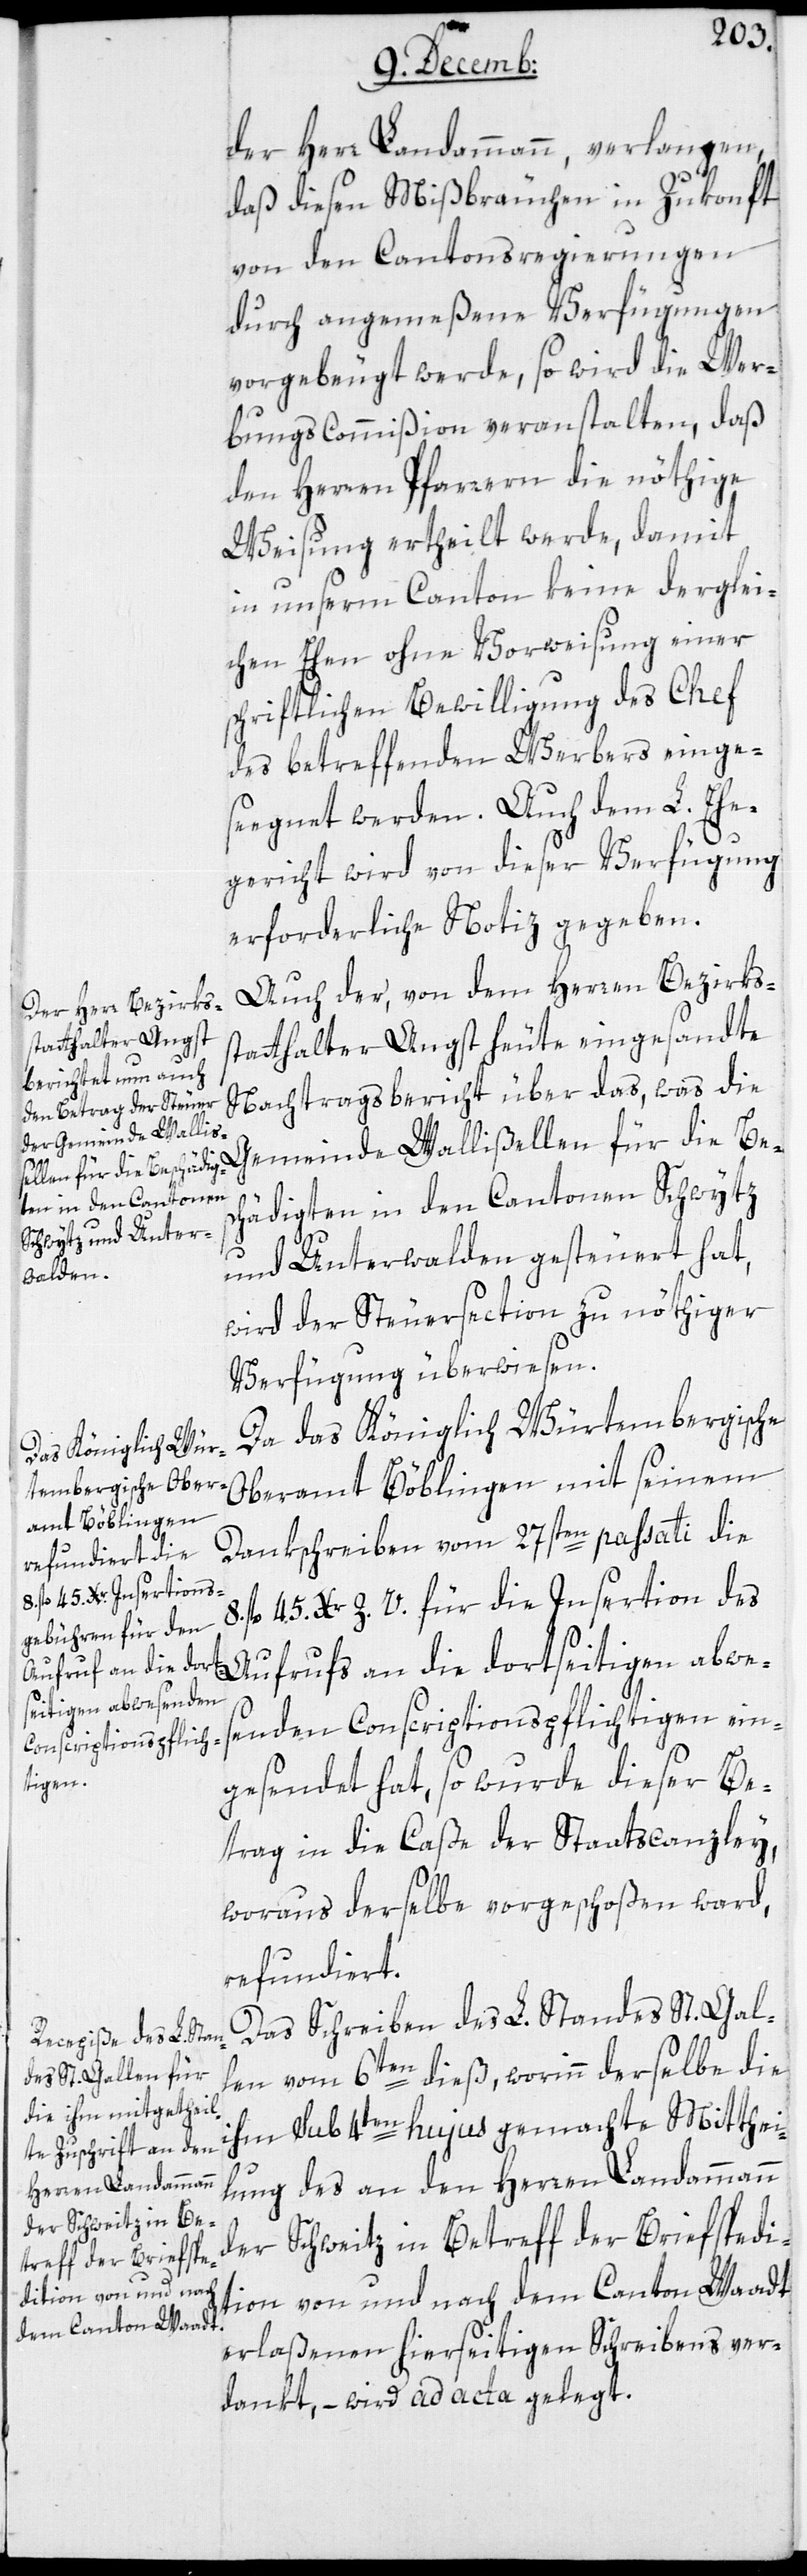
der Herr Landammann, verlangen,
daß diesen Mißbräuchen in Zukonft
von den Cantonsregierungen
durch angemeßene Verfügungen
vorgebeugt werde, so wird die Wer¬
bungs-Commißion veranstalten, daß
den Herren Pfarrern die nöthige
Weisung ertheilt werde, damit
in unserm Canton keine derglei¬
chen Ehen ohne Vorweisung einer
schriftlichen Bewilligung des Chef
des betreffenden Werbers einge¬
segnet werden. Auch dem L. Ehe¬
gericht wird von dieser Verfügung
erforderliche Notiz gegeben.
Auch der von dem Herren Bezirks¬
statthalter Angst heute eingesandte
Nachtragsbericht über das, was die
Gemeinde Wallißellen für die Besc¬
hädigten in den Cantonen Schwytz
und Unterwalden gesteuert hat,
wird der Steuersection zu nöthiger
Verfügung überwiesen.
Da das Königlich Würtembergische
Oberamt Böblingen mit seinem
Dankschreiben vom 27sten passati die
fl. 45. Xr. Z. V. für die Insertion des
Aufrufs an die dortseitigen abwes¬
enden Conscriptionspflichtigen ein¬
gesendet hat, so wurde dieser Be¬
trag in die Caßa der Staatscanzley,
woraus derselbe vorgeschoßen ward,
refundiert.
Das Schreiben des L. Standes St. Gal¬
len vom 6ten dieß, worinn derselbe die
ihm sub 4ten hujus gemachte Mitthei¬
lung des an den Herren Landammann
der Schweitz in Betreff der Briefspedi¬
tion von und nach dem Canton Waadt
erlaßenen hierseitigen Schreibens ver¬
dankt, – wird ad acta gelegt.